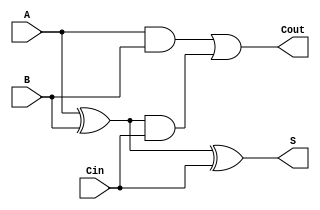
module FullAdder (
    input wire A,     // First binary input
    input wire B,     // Second binary input
    input wire Cin,   // Carry-in input
    output wire S,    // Sum output
    output wire Cout   // Carry-out output
);

// Internal wires for intermediate calculations
wire S1;           // Intermediate sum
wire C1;           // Intermediate carry from A and B
wire C2;           // Intermediate carry from S1 and Cin

// Sum Calculation using XOR gates
assign S1 = A ^ B; // First XOR gate
assign S = S1 ^ Cin; // Second XOR gate

// Carry-Out Calculation using AND and OR gates
assign C1 = A & B; // First AND gate
assign C2 = S1 & Cin; // Second AND gate
assign Cout = C1 | C2; // OR gate for final carry-out

endmodule